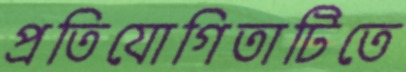
প্রতিযোগিতাটিতে